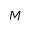
M